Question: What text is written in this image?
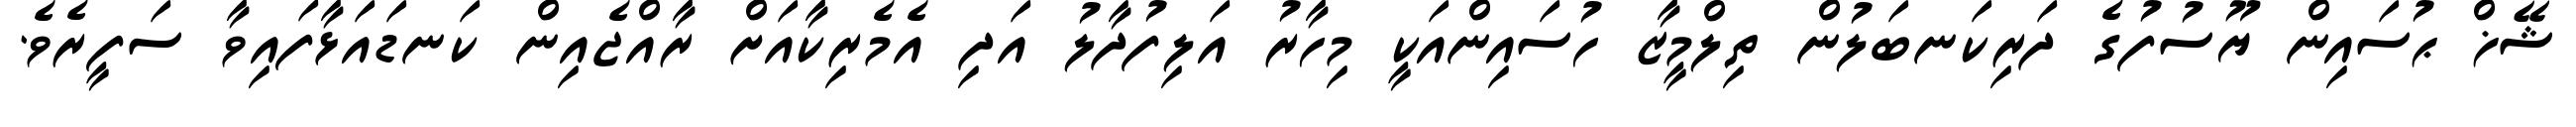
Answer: ޝޭޚް ޙުސައިން ޔޫސުފުގެ ދަރިކަނބަލުން ތިލްމީޒާ ހުސައިންއަކީ މިހާރު އަލިފުދާލު އަދި އެމެރިކާއަށް ރާއްޖެއިން ކަނޑައަޅާފައިވާ ސަފީރެވެ.